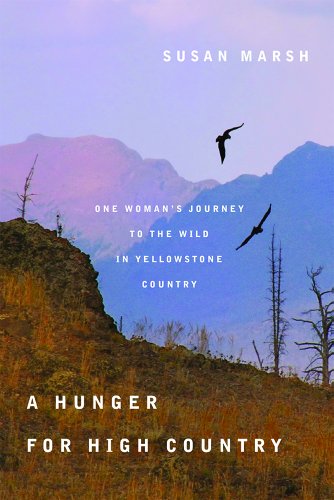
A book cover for A Hunger for High Country: One WomanEEs Journey to the Wild in Yellowstone Country; Susan Marsh; Science & Math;